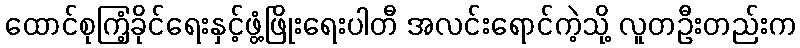
ထောင်စုကြံ့ခိုင်ရေးနှင့်ဖွံ့ဖြိုးရေးပါတီ အလင်းရောင်ကဲ့သို့ လူတဦးတည်းက